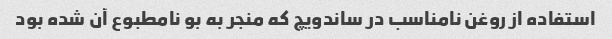
استفاده از روغن نامناسب در ساندویچ که منجر به بو نامطبوع آن شده بود